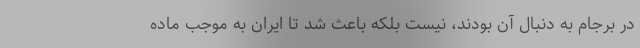
در برجام به دنبال آن بودند، نیست بلکه باعث شد تا ایران به موجب ماده